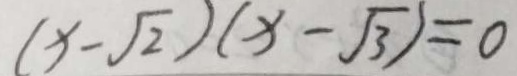
( x - \sqrt { 2 } ) ( x - \sqrt { 3 } ) = 0